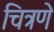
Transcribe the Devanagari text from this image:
चित्रणॆ